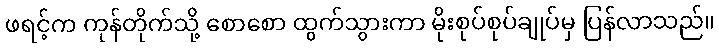
ဖရင့်က ကုန်တိုက်သို့ စောစော ထွက်သွားကာ မိုးစုပ်စုပ်ချုပ်မှ ပြန်လာသည်။